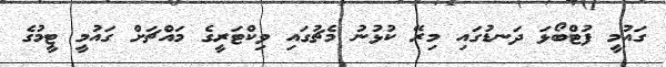
ގައުމީ ފުޓްބޯޅަ ދަނޑުގައި މިރޭ ކުޅުނު މެޗުގައި ވިކްޓަރީގެ މައްޗަށް ގައުމީ ޓީމުގެ